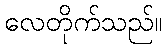
လေတိုက်သည်။